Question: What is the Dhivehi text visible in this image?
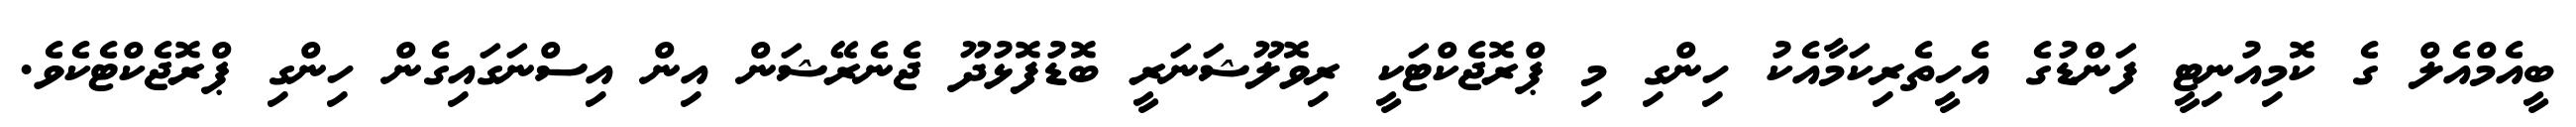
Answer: ބީއެމްއެލް ގެ ކޮމިއުނިޓީ ފަންޑުގެ އެހީތެރިކަމާއެކު ހިންގި މި ޕްރޮޖެކްޓަކީ ރިވޮލޫޝަނަރީ ބޮޑުފޮޅުދޫ ޖެނެރޭޝަން އިން އިސްނަގައިގެން ހިންގި ޕްރޮޖެކްޓެކެވެ.